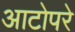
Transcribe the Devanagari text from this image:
आटोपरे